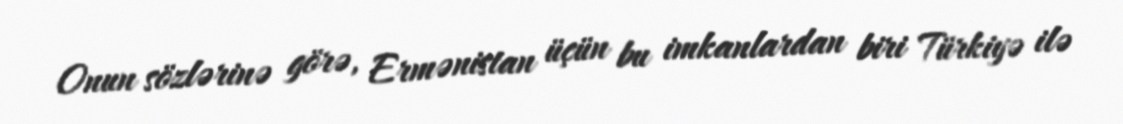
Onun sözlərinə görə, Ermənistan üçün bu imkanlardan biri Türkiyə ilə